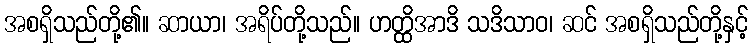
အစရှိသည်တို့၏။ ဆာယာ၊ အရိပ်တို့သည်။ ဟတ္ထိအာဒိ သဒိသာဝ၊ ဆင် အစရှိသည်တို့နှင့်